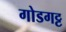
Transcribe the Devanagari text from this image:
गोडगट्ट